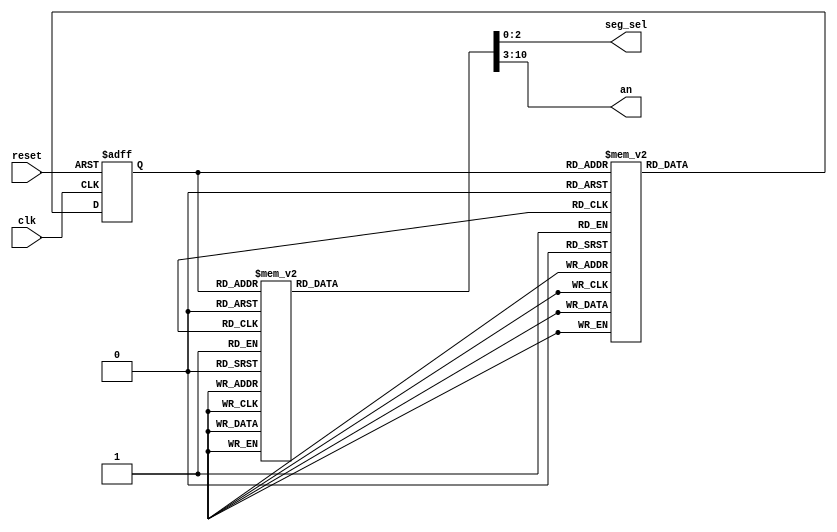
/************************************************************************
*	Project: 	Memory & Display Controllers
*	Designer:	Liam Gogley
*	Rev. Date: 	2016-03-01
*
*	Purpose:		Pull from a 480Hz frequency on the FPGA board to control
*              each pixel that is active high using a behavioral Moore
*              finite state machine.  At every positive edge clk or 
*              reset, the register is moved to the next state; from there
*              8 bits for the 8 anodes and 3 bits from the segment select
*              are concatenated to 11 bits to assert active low and high
*              states for their output values to the address mux.
*
*	Notes:		Uses two registers that fire using a four bit D flip flop.
************************************************************************/
`timescale 1ns / 1ps

module led_controller(clk, reset, seg_sel, an);
	
	input clk, reset;         // clk from led_clk, and universal reset
	
//*************************************************
// present and next state registers used for Moore
// FSM runs without user input at 480Hz
//*************************************************
	reg [2:0] present;        
	reg [2:0] next;           
	
	
	output reg [2:0] seg_sel; // output to ad_mux for pixel active
	output reg [7:0] an;      // 8 bits for 8 anodes to 7 seg display
	
	
//*************************************************
// Moore FSM moving the present to the next state
//*************************************************
	always @( present, next )
	   case ( present )
			3'b000  : next = 3'b001;
		   3'b001  : next = 3'b010;
		   3'b010  : next = 3'b011;
		   3'b011  : next = 3'b100;
		   3'b100  : next = 3'b101;
		   3'b101  : next = 3'b110;
		   3'b110  : next = 3'b111;
		   3'b111  : next = 3'b000;
		   default : next = 3'b000;
		endcase
			
//*************************************************
// 4 bit DFF to load each present state to the next
// state from the behavioral Moore FSM above
//*************************************************
   always @( posedge clk or posedge reset )
	   begin
		   if ( reset == 1'b1 )
		      present <= 3'b000;
		   else
            present <= next;
		end
		
//**************************************************
// Behavioral statement concatenating 11 bits of the 
// 8 anodes, and 3 bits of segment sel to the ad_mux
//**************************************************
	always @( present )
	   case ( present )
		   3'b000  : {an, seg_sel} = 11'b1111_1110_000;
		   3'b001  : {an, seg_sel} = 11'b1111_1101_001;
		   3'b010  : {an, seg_sel} = 11'b1111_1011_010;
		   3'b011  : {an, seg_sel} = 11'b1111_0111_011;
		   3'b100  : {an, seg_sel} = 11'b1110_1111_100;
		   3'b101  : {an, seg_sel} = 11'b1101_1111_101;
		   3'b110  : {an, seg_sel} = 11'b1011_1111_110;
		   3'b111  : {an, seg_sel} = 11'b0111_1111_111;
		   default : {an, seg_sel} = 11'b1111_1110_000;
	   endcase

endmodule